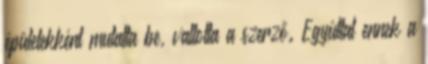
épületekként mutatta be, vallotta a szerző. Egyúttal ennek a